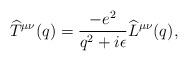
LaTeX: \begin{align*}\widehat T^{\mu\nu}(q) = {-e^2\over q^2+i\epsilon}\widehat L^{\mu\nu}(q),\end{align*}